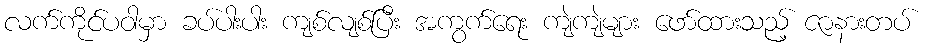
လက်ကိုင်ပဝါမှာ ခပ်ပါးပါး ကျစ်လျစ်ပြီး အကွက်ရေး ကျဲကျဲများ ဖော်ထားသည့် ဇာနားတပ်